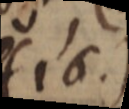
(16.)